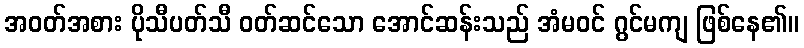
အဝတ်အစား ပိုသီပတ်သီ ဝတ်ဆင်သော အောင်ဆန်းသည် အံမဝင် ဂွင်မကျ ဖြစ်နေ၏။